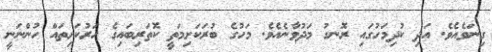
ގިނަވެއެވެ. އަދި ކުދިމަހުގައި ރޮނގު މަދުވާނެއެވެ. މަހުގެ ބުރަކަށިމަތީ ކޮތަރިބައިގެ ހަރުކަށިތައް ހުންނަނީ